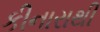
કીનારાથી